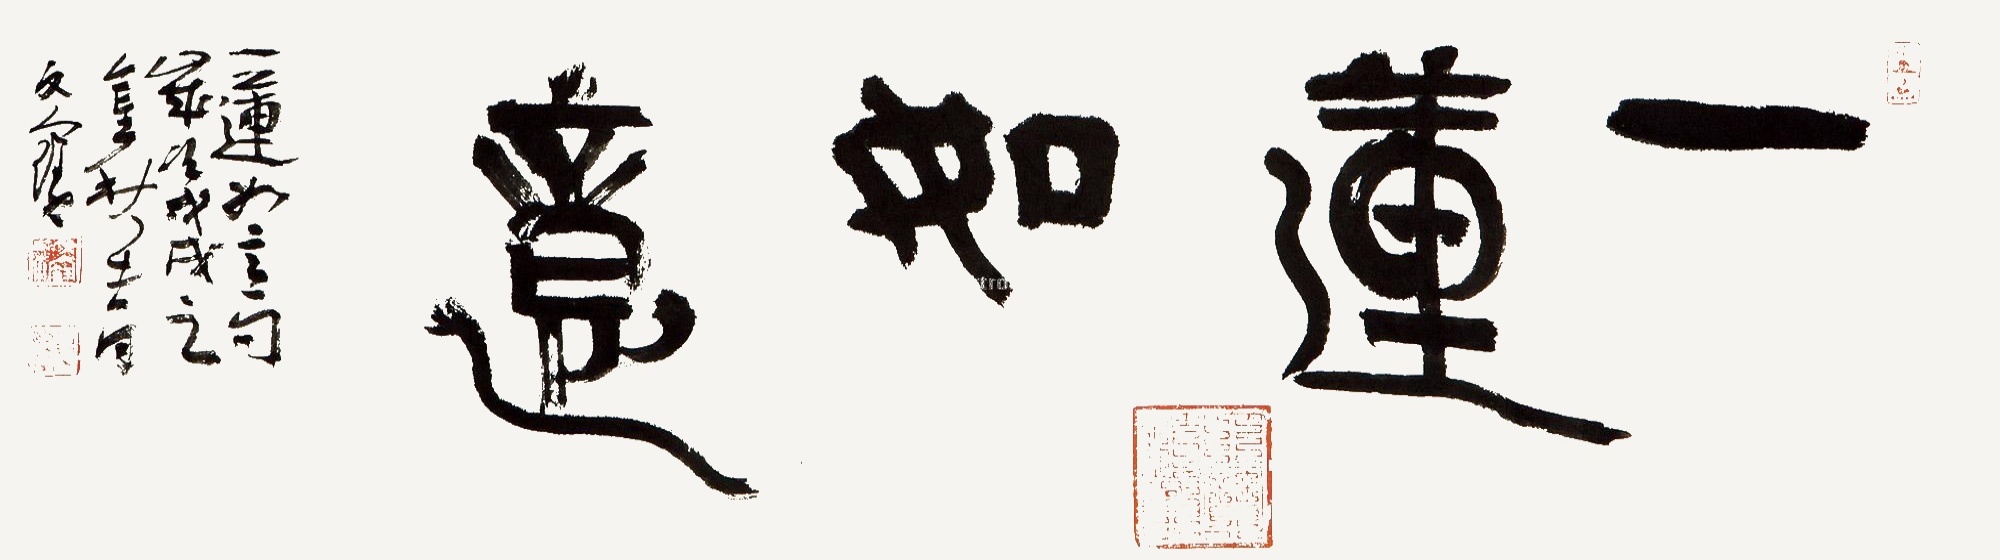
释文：一莲如意。一莲如意句，岁次戊戌（2018）之金秋吉月文宝。